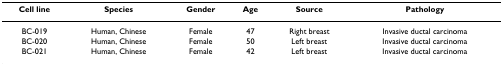
| Cell line | Species | Gender | Age | Source | Pathology |
 | --- | --- | --- | --- | --- | --- |
 | BC-019 | Human, Chinese | Female | 47 | Right breast | Invasive ductal carcinoma |
 | BC-020 | Human, Chinese | Female | 50 | Left breast | Invasive ductal carcinoma |
 | BC-021 | Human, Chinese | Female | 42 | Left breast | Invasive ductal carcinoma |